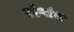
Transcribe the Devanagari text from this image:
जोआंस